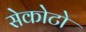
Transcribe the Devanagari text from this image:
सेकोटो